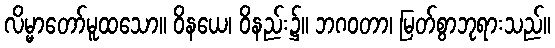
လိမ္မာတော်မူထသော။ ဝိနယေ၊ ဝိနည်း၌။ ဘဂဝတာ၊ မြတ်စွာဘုရားသည်။